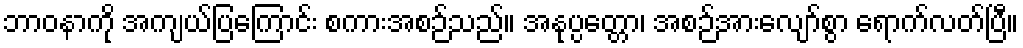
ဘာဝနာကို အကျယ်ပြကြောင်း စကားအစဉ်သည်။ အနုပ္ပတ္တော၊ အစဉ်အားလျော်စွာ ရောက်လတ်ပြီ။